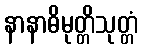
နာနာဓိမုတ္တိသုတ္တံ